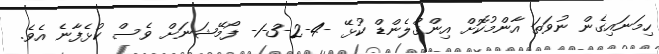
ހިމަނައިގެން ނުވަތަ އާންމުކޮށް އިންގްލެންޑް ކުޅޭ -4-2-3-1- ފޯމޭޝަނަށް ވެސް ކުޅެފާނެ އެވެ.